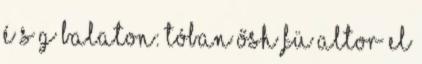
é s g Balaton: tóban ősh fü altor el